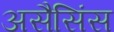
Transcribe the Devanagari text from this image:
असैसिंस